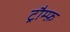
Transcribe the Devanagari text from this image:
ट्रौम्फ़